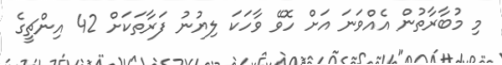
މި މުބާރާތުން އެއްވަނަ އަށް ހޮވޭ ވާހަކަ ލިޔުނު ފަރާތަކަށް 42 އިންޗީގެ